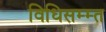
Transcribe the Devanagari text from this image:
विधिसम्म्त